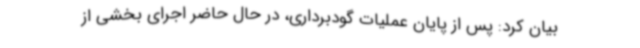
بیان کرد: پس از پایان عملیات گودبرداری، در حال حاضر اجرای بخشی از